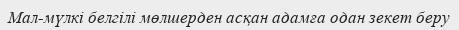
Мал-мүлкі белгілі мөлшерден асқан адамға одан зекет беру